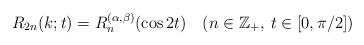
LaTeX: \begin{align*}R_{2n}(k;t)=R_n^{(\alpha,\beta)}(\cos 2t)\quad(n\in \mathbb Z_+, \>t\in[0,\pi/2])\end{align*}